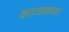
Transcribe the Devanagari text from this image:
काव्यप्रकाश।